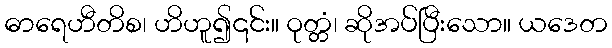
ဓာရေဟီတိစ၊ ဟိဟူ၍၎င်း။ ဝုတ္တံ၊ ဆိုအပ်ပြီးသော။ ယဒေတ